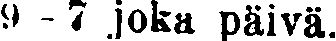
9 - 7 joka päivä.